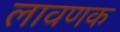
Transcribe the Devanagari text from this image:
लावणक